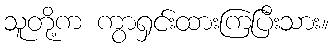
သူတို့က ကွာရှင်းထားကြပြီးသား။